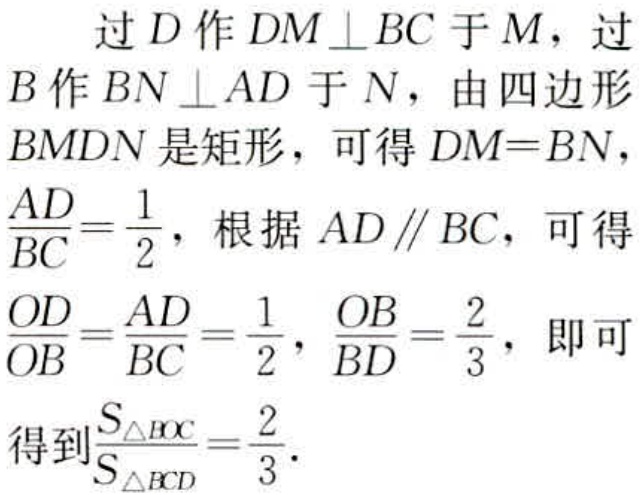
过\(D\)作\(DM\perp BC\)于\(M\)，过\(B\)作\(BN\perp AD\)于\(N\)，由四边形\(BMDN\)是矩形，可得\(DM = BN\)，\(\frac{AD}{BC}=\frac{1}{2}\)，根据\(AD\parallel BC\)，可得\(\frac{OD}{OB}=\frac{AD}{BC}=\frac{1}{2}\)，\(\frac{OB}{BD}=\frac{2}{3}\)，即可得到\(\frac{S_{\triangle BOC}}{S_{\triangle BCD}}=\frac{2}{3}\)。